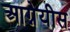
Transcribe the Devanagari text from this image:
आग्नेयीस